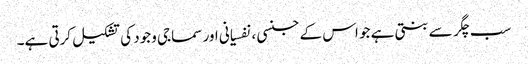
سب چگر سے بنتی ہے جو اس کے جنسی ، نفسیانی اور سماجی وجود کی تشکیل کرتی ہے۔